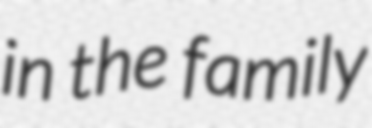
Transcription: in the family